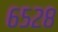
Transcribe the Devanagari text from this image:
६५२८